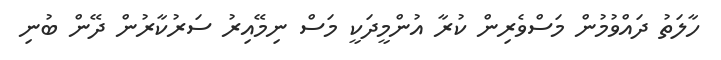
ހާލަތު ދައްވުމުން މަސްވެރިން ކުރާ އުންމީދަކީ މަސް ނިމޭއިރު ސަރުކާރުން ދޭން ބުނި